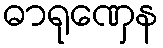
ဓာရုဏှေန